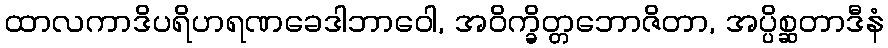
ထာလကာဒိပရိဟရဏခေဒါဘာဝေါ, အဝိက္ခိတ္တဘောဇိတာ, အပ္ပိစ္ဆတာဒီနံ